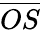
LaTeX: \overline{{OS}}